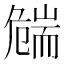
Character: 𦓛